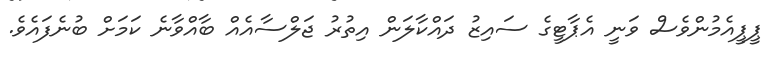
ޕީޕީއެމުންވެސް ވަނީ އެޕާޓީގެ ސައިޒު ދައްކާލަން އިތުރު ޖަލްސާއެއް ބާއްވާނެ ކަމަށް ބުނެފައެވެ.